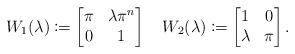
LaTeX: \begin{align*} W_1(\lambda) \coloneqq\begin{bmatrix} \pi & \lambda \pi^n \\ 0 & 1 \end{bmatrix} \quad W_2(\lambda) \coloneqq\begin{bmatrix} 1 & 0 \\ \lambda & \pi \end{bmatrix}. \end{align*}